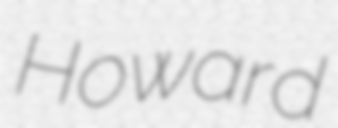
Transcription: Howard